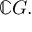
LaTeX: \mathbb { C } G .